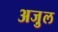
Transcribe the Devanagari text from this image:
अजु़ल